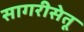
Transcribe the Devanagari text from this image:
सागरीसेतू